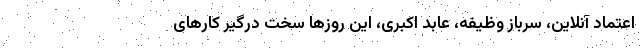
اعتماد آنلاین، سرباز وظیفه، عابد اکبری، این روزها سخت درگیر کارهای